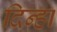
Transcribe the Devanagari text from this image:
दिन्हा